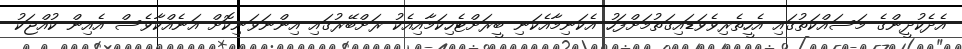
އެދެކުދީންގެ މަސައްކަތުގައި އެހީތެރިވެވަޑައިގަތުމަށްފަހު އެކަނިމާއެކަނި ބީރަށްޓެހިކަމާއިއެކު ރަށްބޭރުގައި އިންނަވަނިކޮށް އަނެއްކާވެސް އެއިން ކުއްޖަކު